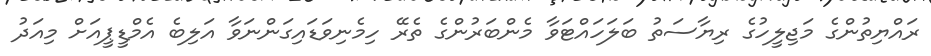
ރައްޔިތުންގެ މަޖިލީހުގެ ރިޔާސަތު ބަލަހައްޓަވާ މެންބަރުންގެ ތެރޭ ހިމެނިވަޑައިގަންނަވާ އަލިބެ އެމްޑީޕީއަށް މިއަދު